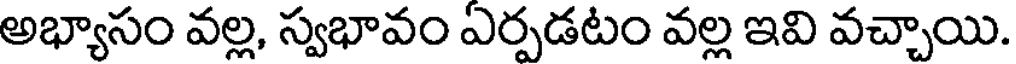
అభ్యాసం వల్ల, స్వభావం ఎర్పడటం వల్ల ఇవి వచ్చాయి.